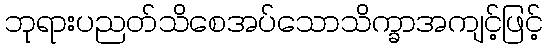
ဘုရားပညတ်သိစေအပ်သောသိက္ခာအကျင့်ဖြင့်